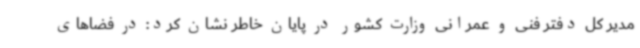
مدیر کل دفتر فنی و عمرانی وزارت کشور در پایان خاطر نشان کرد: در فضاهای